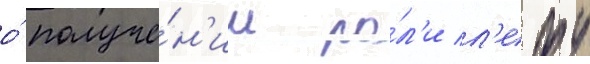
о́ получе́н'ии ро́л'и л'ефу